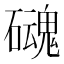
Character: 𱴹